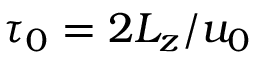
\tau _ { 0 } = 2 L _ { z } / u _ { 0 }